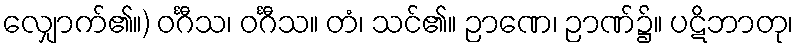
လျှောက်၏။) ဝင်္ဂီသ၊ ဝင်္ဂီသ။ တံ၊ သင်၏။ ဉာဏေ၊ ဉာဏ်၌။ ပဋိဘာတု၊